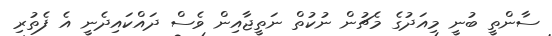
ސާންތީ ބުނީ މިއަދުގެ މެޗުން ނުކުތް ނަތީޖާއިން ވެސް ދައްކައިދެނީ އެ ފެތުރި